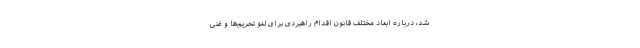
شد، درباره ابعاد مختلف قانون اقدام راهبردی برای لغو تحریم‌ها و غنی